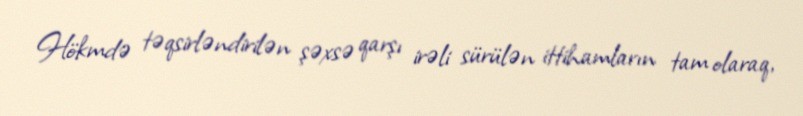
Hökmdə təqsirləndirilən şəxsə qarşı irəli sürülən ittihamların tam olaraq,